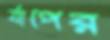
র‍্যাপের